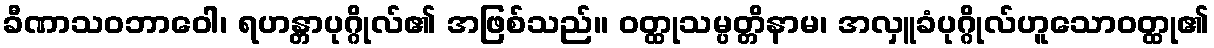
ခီဏာသဝဘာဝေါ၊ ရဟန္တာပုဂ္ဂိုလ်၏ အဖြစ်သည်။ ဝတ္ထုသမ္ပတ္တိနာမ၊ အလှူခံပုဂ္ဂိုလ်ဟူသောဝတ္ထု၏